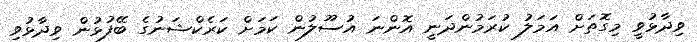
ވިދާޅުވީ މިގޮތަށް އަމަލު ކުރަމުންދަނީ އޮންނަ އުސޫލުން ކަމަށް ކަރެކްޝަނުގެ ބޭފުޅުން ވިދާޅުވި